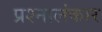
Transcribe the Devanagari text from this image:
प्रश्नालंकार